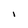
Character: I